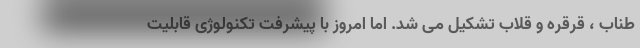
طناب ، قرقره و قلاب تشکیل می شد. اما امروز با پیشرفت تکنولوژی قابلیت